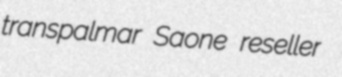
transpalmar Saone reseller